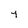
Character: 4